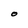
Character: O